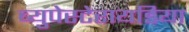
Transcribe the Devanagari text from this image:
ब्युपेस्टेरायडिया